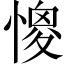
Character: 𢠧